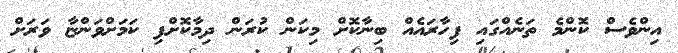
އިންވެސް ކޮންމެ ތަނެއްގައި ފިހާރައެއް ބިނާކޮށް މިކަން ކުރަން ދިމާކޮށްފި ކަމަށްވަންޏާ ވަރަށް